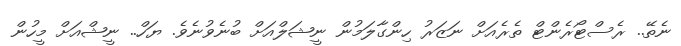
ނެތޭ.. ރެސްޓޯރެންޓް ތެރެއަށް ނަޒަރު ހިންގާލަމުން ނީޝަލްއަށް ބުނެވުނެވެ. ޔަހް.. ނީޝްއަށް މީހުން